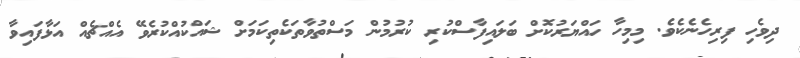
ދިވެހި ފިރިހެނެކެވެ. މިމިހާ ހައްޔަރުކޮށް ބަލައިފާސްކުރި ކުރުމުން މަސްތުވާތަކެތިކަމަށް ޝައްކުއްކުރެވޭ އެއްޗެއް އަޅާފައިވާ